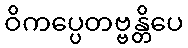
ဝိကပ္ပေတဗ္ဗန္တိပေ